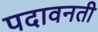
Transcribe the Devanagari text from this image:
पदावनती